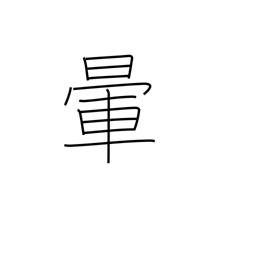
Meaning: fade